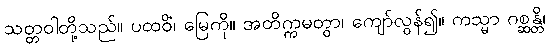
သတ္တဝါတို့သည်။ ပထဝိံ၊ မြေကို။ အတိက္ကမတွာ၊ ကျော်လွန်၍။ ကသ္မာ ဂစ္ဆန္တိ၊